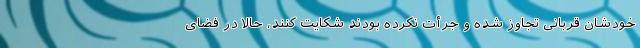
خودشان قربانی تجاوز شده و جرأت نکرده بودند شکایت کنند، حالا در فضای